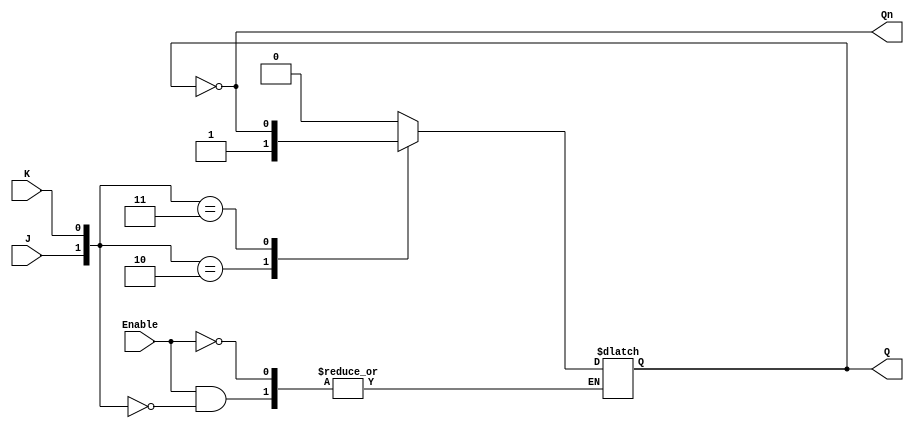
module GatedJKLatch (
    input wire J,       // Set input
    input wire K,       // Reset input
    input wire Enable,  // Clock (Enable) signal
    output reg Q,       // Current state output
    output wire Qn      // Inverted current state output (Q NOT)
);

    // Invert the Q for Qn output
    assign Qn = ~Q;

    always @(*) begin
        if (Enable) begin
            case ({J, K})
                2'b00: Q <= Q;            // No change
                2'b01: Q <= 1'b0;         // Reset
                2'b10: Q <= 1'b1;         // Set
                2'b11: Q <= ~Q;           // Toggle
                default: Q <= Q;          // Should never happen
            endcase
        end
    end

endmodule